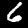
Label: 6